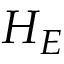
H _ { E }